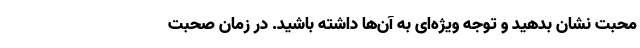
محبت نشان بدهید و توجه ویژه‌ای به آن‌ها داشته باشید. در زمان صحبت